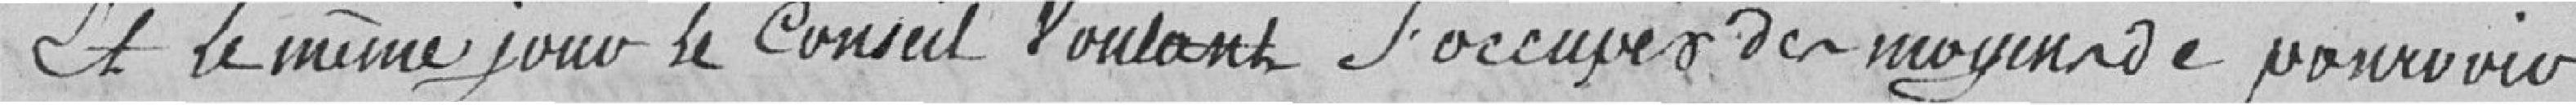
Et le même jour le Conseil voulant s'occuper des moyens de pourvoir